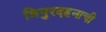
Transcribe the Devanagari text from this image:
त्रिपुरदहनाची